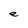
Character: e